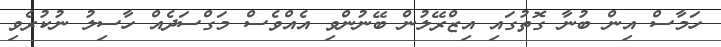
ހަމާސް އިން ބުނާ ގޮތުގައި އިޒްރޭލުން ބޭނުންވި އެއްވެސް މަގްސަދެއް ހާސިލު ނުކުރެވި